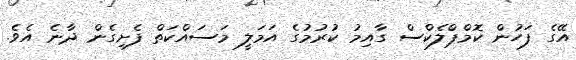
އޭގެ ފަހުން ކޮމްޕްލެކްސް ގާއިމު ކުރުމުގެ އަމަލީ މަސައްކަތް ފެށިގެން ދާނެ އެވެ.